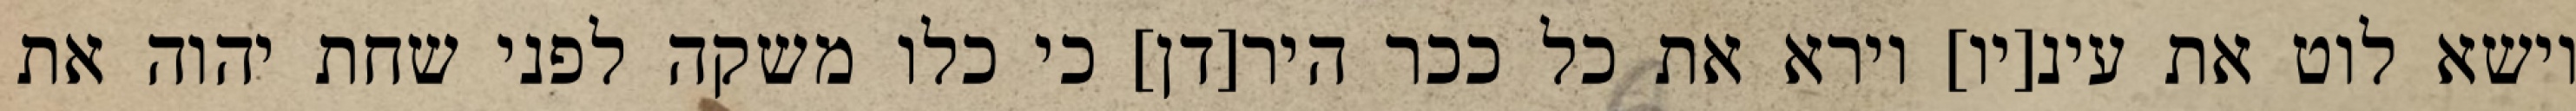
וישא לוט את עינ[יו] וירא את כל ככר היר[דן] כי כלו משקה לפני שחת יהוה את